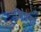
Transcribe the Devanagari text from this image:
छिंदक